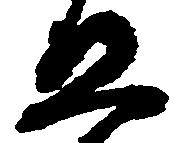
五